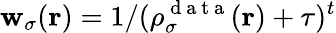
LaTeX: \mathbf{w}_{\sigma}(\boldsymbol{\textbf{{r}}})=1/(\rho_{\sigma}^{\mathrm{{~d~a~t~a~}}}(\boldsymbol{\textbf{{r}}})+\tau)^{t}